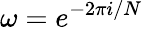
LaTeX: \omega=e^{-2\pi i/N}